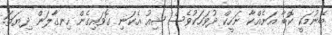
ބޭނުމަކީ ކޮބާ އަނެއްކާ ނަހީކް ދުވަހަކުވެސް ޝިއު އެކަނި ގޮވައިގެން ހިނގާލަން ދިޔަތަ.